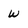
Character: w